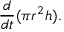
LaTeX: { \frac { d } { d t } } ( \pi r ^ { 2 } h ) .